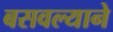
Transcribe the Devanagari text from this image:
बसवल्याने